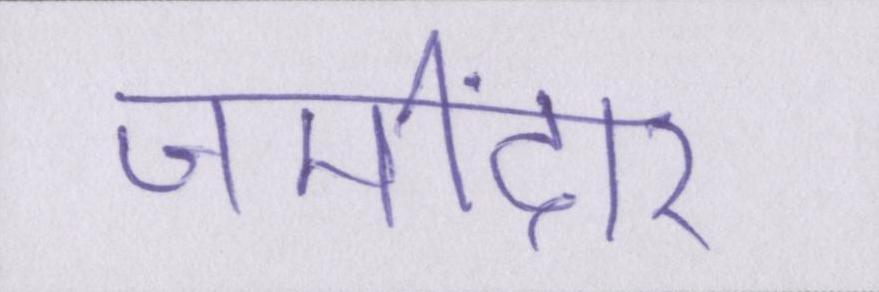
जमींदार